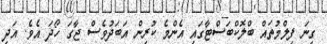
ގިނަ ފިލްމުތައް ބްލޮކްބަސްޓާގައި އެންމެ ކުރިން އަބަދުވެސް ޖާގަ ހޯދަ އެވެ. އަދި